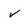
Character: v